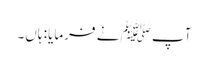
آپﷺ نے فرمایا: ہاں۔